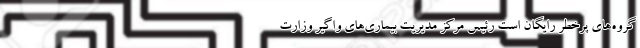
گروه‌های پرخطر رایگان است رئیس مرکز مدیریت بیماری‌های واگیر وزارت